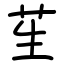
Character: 苼